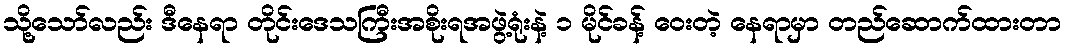
သို့သော်လည်း ဒီနေရာ တိုင်းဒေသကြီးအစိုးရအဖွဲ့ရုံးနဲ့ ၁ မိုင်ခန့် ဝေးတဲ့ နေရာမှာ တည်ဆောက်ထားတာ